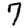
Digit: 7